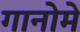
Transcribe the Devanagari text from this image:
गानोमे